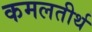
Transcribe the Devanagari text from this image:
कमलतीर्थ